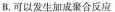
B. 可以发生加成聚合反应